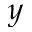
y